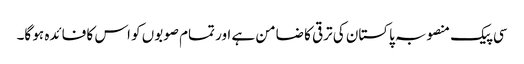
سی پیک منصوبہ پاکستان کی ترقی کا ضامن ہے اور تمام صوبوں کو اس کا فائدہ ہو گا۔